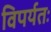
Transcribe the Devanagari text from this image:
विपर्यतः